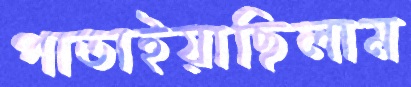
পাতাইয়াছিলাম